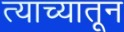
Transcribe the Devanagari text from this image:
त्याच्यातून